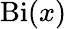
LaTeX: \operatorname{Bi}(x)